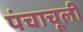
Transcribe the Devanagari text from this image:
पंचाचूली